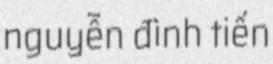
nguyễn đình tiến